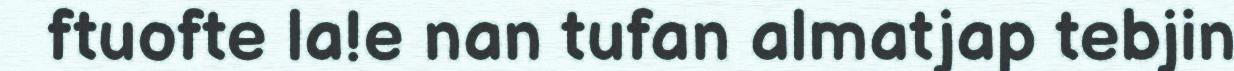
ftuofte la!e nan tufan almatjap tebjin